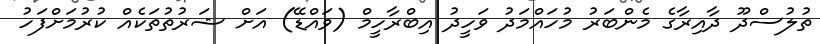
ތުލުސްދޫ ދާއިރާގެ މެންބަރު މުހައްމަދު ވަހީދު އިބްރާހީމް (ވައްޑޭ) އަށް ޝަރުތުތަކެއް ކުރުމަށްފަހު